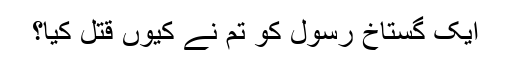
ایک گستاخ رسول کو تم نے کیوں قتل کیا؟